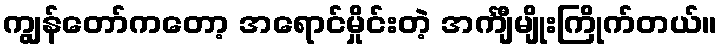
ကျွန်တော်ကတော့ အရောင်မှိုင်းတဲ့ အင်္ကျီမျိုးကြိုက်တယ်။